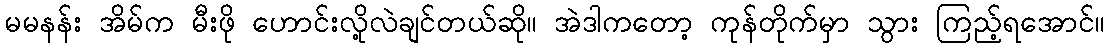
မမနန်း အိမ်က မီးဖို ဟောင်းလို့လဲချင်တယ်ဆို။ အဲဒါကတော့ ကုန်တိုက်မှာ သွား ကြည့်ရအောင်။